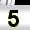
Digit: 5